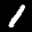
Label: 1